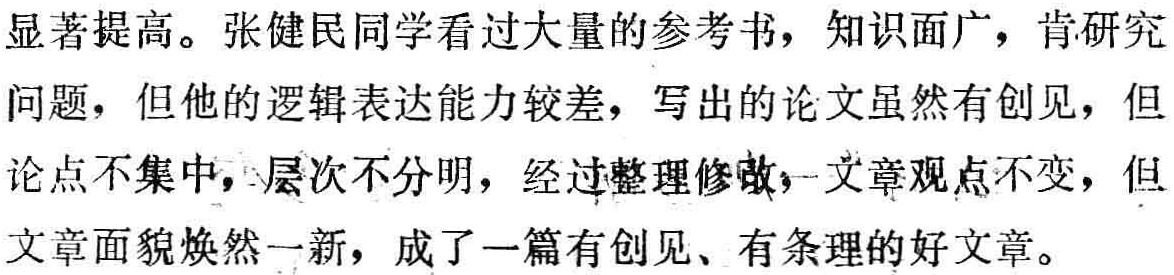
显著提高。张健民同学看过大量的参考书，知识面广，肯研究问题，但他的逻辑表达能力较差，写出的论文虽然有创见，但论点不集中，层次不分明，经过整理修改，文章观点不变，但文章面貌焕然一新，成了一篇有创见、有条理的好文章。